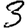
Digit: 3